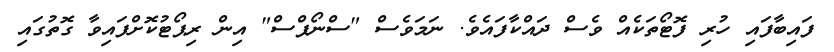
ފައިބާފައި ހުރި ފޮޓޯތަކެއް ވެސް ދައްކާފައެވެ. ނަމަވެސް "ސްނޯޕްސް" އިން ރިޕޯޓުކޮށްފައިވާ ގޮތުގައި